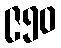
၉၅၀